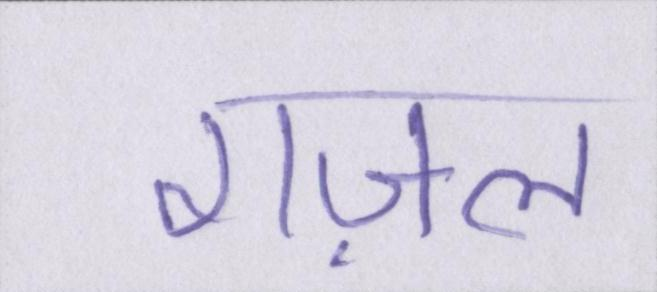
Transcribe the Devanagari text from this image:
गज़ल